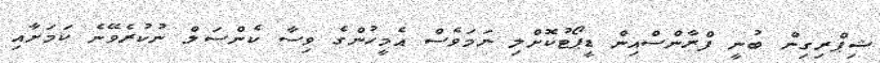
ޝިޕްރިގިން ބުނީ ފްރާންސްއިން ޑީޕޯޓުކޮށްލި ނަމަވެސް އެމީހުންގެ ވިސާ ކެންސަލް ނުކުރެވޭނެ ކަމަށާއި